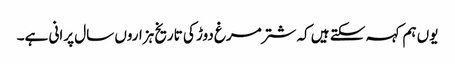
یوں ہم کہہ سکتے ہیں کہ شترمرغ دوڑ کی تاریخ ہزاروں سال پرانی ہے۔